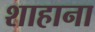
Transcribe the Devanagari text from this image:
शाहाना